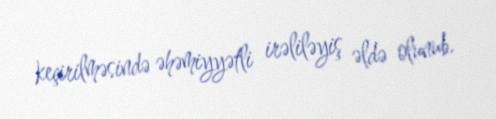
keçirilməsində əhəmiyyətli irəliləyiş əldə olunub.